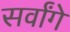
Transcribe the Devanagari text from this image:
सर्वांगे